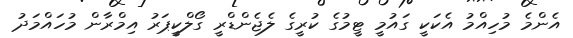
އެންމެ މުހިއްމު އެކަކީ ގައުމީ ޓީމުގެ ކުރީގެ ލެޖެންޑްރީ ގޯލްކީޕަރު އިމްރާން މުހައްމަދު